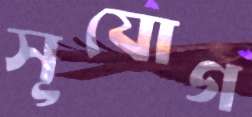
সূযোগ